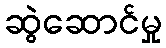
ဆွဲဆောင်မှု